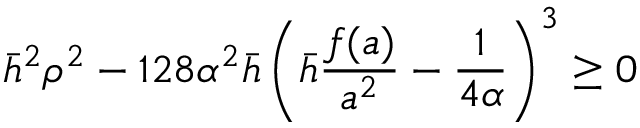
\bar { h } ^ { 2 } \rho ^ { 2 } - 1 2 8 \alpha ^ { 2 } \bar { h } \left( \bar { h } \frac { f ( a ) } { a ^ { 2 } } - \frac { 1 } { 4 \alpha } \right) ^ { 3 } \geq 0